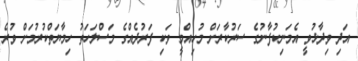
އަދި ވިދާޅުވީ އެމަނިކުފާނުގެ ސަރުކާރަށް މުހިއްމީ ވަކި ފަރުދެއްގެ މަސްލަހަތު ހިމާޔަތްކުރުމަށް ވުރެ